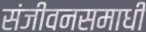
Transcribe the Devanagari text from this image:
संजीवनसमाधी